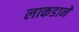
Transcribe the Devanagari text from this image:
लाकडाने